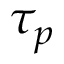
\tau _ { p }